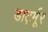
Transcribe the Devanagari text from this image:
डार्ट्मूर